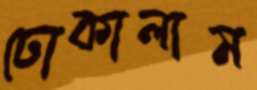
ঢোকালাম